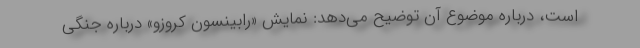
است، درباره موضوع آن توضیح می‌دهد: نمایش «رابینسون کروزو» درباره جنگی